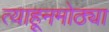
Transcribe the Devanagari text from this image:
त्याहूनमोठ्या